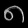
Digit: ၈